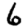
Digit: 6